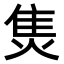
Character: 𤊙